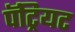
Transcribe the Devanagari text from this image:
पॅट्रियट